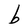
Character: b